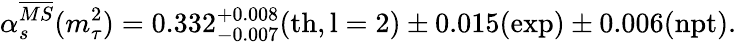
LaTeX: \alpha_{s}^{\overline{{{MS}}}}(m_{\tau}^{2})=0.332_{-0.007}^{+0.008}(\mathrm{th,l=2})\pm 0.015(\mathrm{exp})\pm 0.006(\mathrm{npt}).